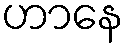
ဟာနေ